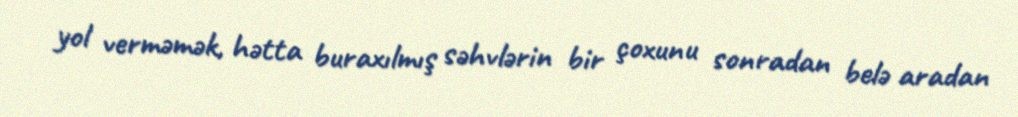
yol verməmək, hətta buraxılmış səhvlərin bir çoxunu sonradan belə aradan